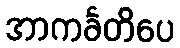
အာကင်္ခတိပေ